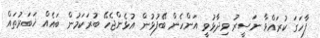
ފާހަގަ ކުރައްވާ ނަސީރު ވިދާޅުވީ އަންހެން ބޭފުޅުން އުޅެންޖެހޭ ބުރަކަމުން ބައެއް ޚަބަރުތައް